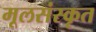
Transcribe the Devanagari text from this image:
मूलसंस्कृत